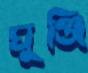
ঘুঞ্জি